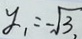
y _ { 1 } = - \sqrt { 3 } ,